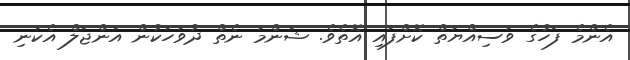
އެންމެ ފަހުގެ ވަސިއްޔަތް ކޮށްފައި އޮތެވެ. ޝަންމަ ނެތް ދުވަހަކުން އަންޖަލް އެކަނި